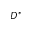
D ^ { * }